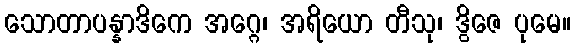
သောတာပန္နာဒိကေ အဂ္ဂေ၊ အရိယော တီသု၊ ဒွိဇေ ပုမေ။